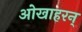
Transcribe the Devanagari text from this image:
ओखाहरन्